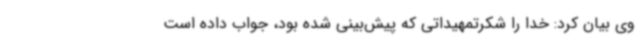
وی بیان کرد: خدا را شکرتمهیداتی که پیش‌بینی شده بود، جواب داده است